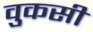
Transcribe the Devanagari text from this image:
वुकसी